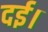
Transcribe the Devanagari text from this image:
दई।